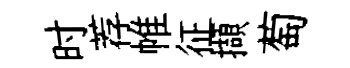
时荐帷征擷萄